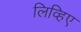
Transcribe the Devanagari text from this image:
लिव्हिए